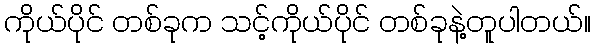
ကိုယ်ပိုင် တစ်ခုက သင့်ကိုယ်ပိုင် တစ်ခုနဲ့တူပါတယ်။